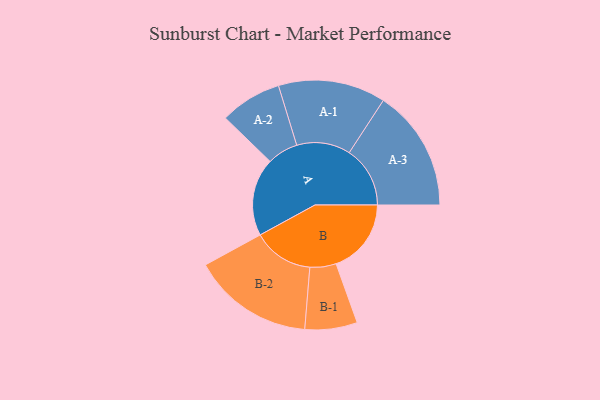
{"axis": {"x": "Segment", "y": "Value"}, "legend": ["", "A", "B"], "data": [{"x": "A", "y": 348, "type": ""}, {"x": "B", "y": 336, "type": ""}, {"x": "A-1", "y": 240, "type": "A"}, {"x": "A-2", "y": 138, "type": "A"}, {"x": "A-3", "y": 272, "type": "A"}, {"x": "B-1", "y": 117, "type": "B"}, {"x": "B-2", "y": 271, "type": "B"}]}